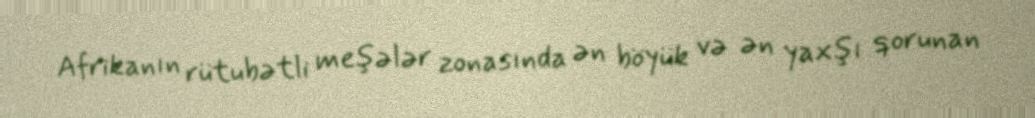
Afrikanın rütubətli meşələr zonasında ən böyük və ən yaxşı qorunan